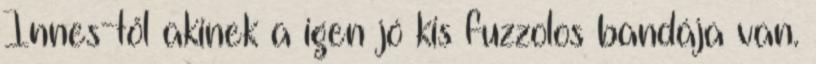
Innes-től akinek a igen jó kis fuzzolos bandája van.